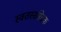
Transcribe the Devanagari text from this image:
स्वतस्संसेचक